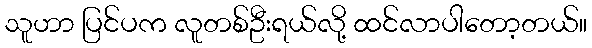
သူဟာ ပြင်ပက လူတစ်ဦးရယ်လို့ ထင်လာပါတော့တယ်။